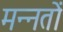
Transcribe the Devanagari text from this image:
मन्नतों